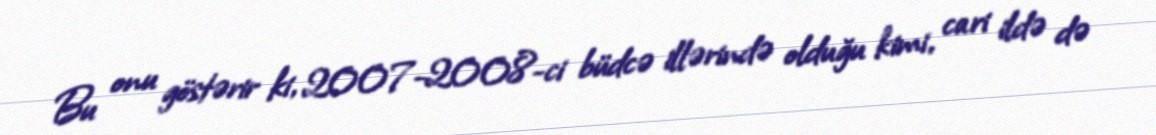
Bu onu göstərir ki, 2007-2008-ci büdcə illərində olduğu kimi, cari ildə də